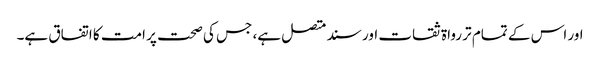
اور اس کے تمام تر رواۃ ثقات اور سند متصل ہے، جس کی صحت پر امت کا اتفاق ہے۔